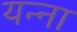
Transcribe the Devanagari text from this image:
यन्ना